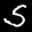
Label: 5